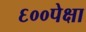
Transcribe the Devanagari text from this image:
६००पेक्षा